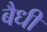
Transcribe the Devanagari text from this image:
बैधी